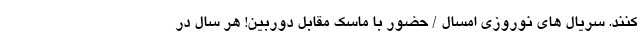
کنند. سریال های نوروزی امسال / حضور با ماسک مقابل دوربین! هر سال در